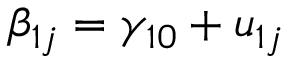
\beta _ { 1 j } = \gamma _ { 1 0 } + u _ { 1 j }